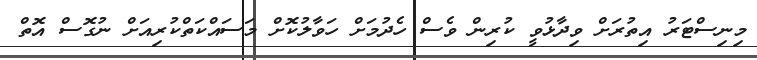
މިނިސްޓަރު އިތުރަށް ވިިދާޅުވީ ކުރިން ވެސް ހެދުމަށް ހަވާލުކޮށް މަސައްކަތްކުރިއަށް ނުގޮސް އޮތް